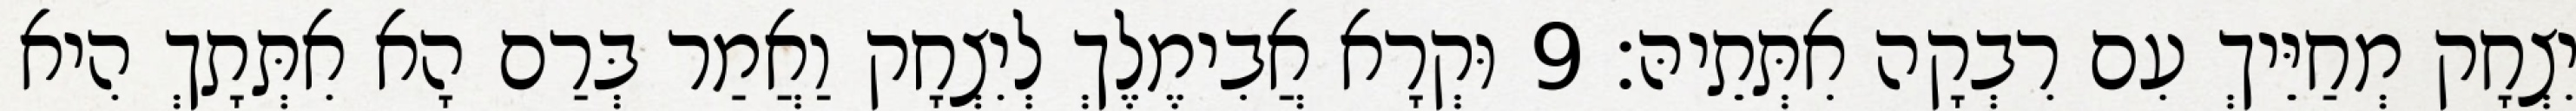
יִצְחָק מְחַיֵּיךְ עִם רִבְקָה אִתְּתֵיהּ׃ 9 וּקְרָא אֲבִימֶלֶךְ לְיִצְחָק וַאֲמַר בְּרַם הָא אִתְּתָךְ הִיא